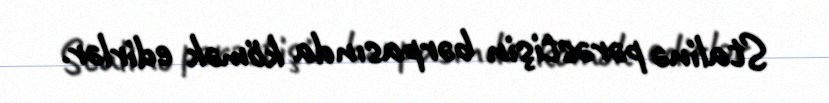
Stalinə pərəstişin bərpasında kömək edirlər.